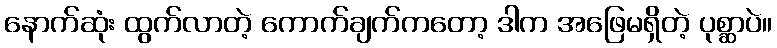
နောက်ဆုံး ထွက်လာတဲ့ ကောက်ချက်ကတော့ ဒါက အဖြေမရှိတဲ့ ပုစ္ဆာပဲ။